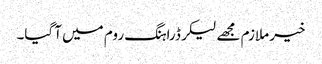
خیر ملازم مجھے لیکر ڈراہنگ روم میں آ گیا۔